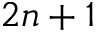
2 n + 1